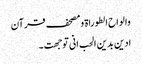
والواح الطوراۃ ومصحف قرآن
ادین بدین الحب انی توجھت ۔